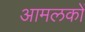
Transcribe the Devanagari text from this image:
आमलकों